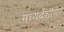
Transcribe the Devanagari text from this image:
मध्यदेशीया